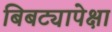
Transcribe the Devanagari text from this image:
बिबट्यापेक्षा